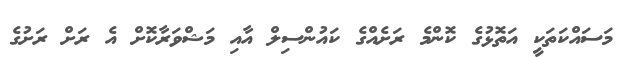
މަސައްކަތަކީ އަތޮޅުގެ ކޮންމެ ރަށެއްގެ ކައުންސިލް އާއި މަޝްވަރާކޮށް އެ ރަށް ރަށުގެ